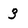
Character: 3